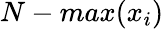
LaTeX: N-max(x_{i})